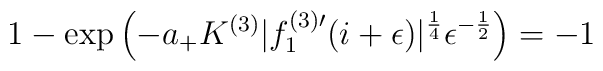
1-\exp\left(-a_+K^{(3)}|f^{(3)\prime}_1(i+\epsilon)|^{\frac{1}{4}}\epsilon^{-\frac{1}{2}}\right)=-1